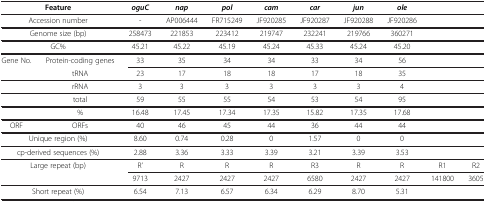
<table><thead><tr><td colspan="2"><b>Feature</b></td><td><b><i>oguC</i></b></td><td><b><i>nap</i></b></td><td><b><i>pol</i></b></td><td><b><i>cam</i></b></td><td><b><i>car</i></b></td><td><b><i>jun</i></b></td><td><b><i>ole</i></b></td><td><b> </b></td><td><b> </b></td></tr></thead><tbody><tr><td colspan="2">Accession number</td><td>-</td><td>AP006444</td><td>FR715249</td><td>JF920285</td><td>JF920287</td><td>JF920288</td><td>JF920286</td><td> </td><td> </td></tr><tr><td colspan="2">Genome size (bp)</td><td>258473</td><td>221853</td><td>223412</td><td>219747</td><td>232241</td><td>219766</td><td>360271</td><td> </td><td> </td></tr><tr><td colspan="2">GC%</td><td>45.21</td><td>45.22</td><td>45.19</td><td>45.24</td><td>45.33</td><td>45.24</td><td>45.20</td><td> </td><td> </td></tr><tr><td>Gene No.</td><td>Protein-coding genes</td><td>33</td><td>35</td><td>34</td><td>34</td><td>33</td><td>34</td><td>56</td><td> </td><td> </td></tr><tr><td> </td><td>tRNA</td><td>23</td><td>17</td><td>18</td><td>18</td><td>17</td><td>18</td><td>35</td><td> </td><td> </td></tr><tr><td> </td><td>rRNA</td><td>3</td><td>3</td><td>3</td><td>3</td><td>3</td><td>3</td><td>4</td><td> </td><td> </td></tr><tr><td> </td><td>total</td><td>59</td><td>55</td><td>55</td><td>54</td><td>53</td><td>54</td><td>95</td><td> </td><td> </td></tr><tr><td> </td><td>%</td><td>16.48</td><td>17.45</td><td>17.34</td><td>17.35</td><td>15.82</td><td>17.35</td><td>17.68</td><td> </td><td> </td></tr><tr><td>ORF</td><td>ORFs</td><td>40</td><td>46</td><td>45</td><td>44</td><td>36</td><td>44</td><td>44</td><td> </td><td> </td></tr><tr><td colspan="2">Unique region (%)</td><td>8.60</td><td>0.74</td><td>0.28</td><td>0</td><td>1.57</td><td>0</td><td>0</td><td> </td><td> </td></tr><tr><td colspan="2">cp-derived sequences (%)</td><td>2.88</td><td>3.36</td><td>3.33</td><td>3.39</td><td>3.21</td><td>3.39</td><td>3.53</td><td> </td><td> </td></tr><tr><td rowspan="2" colspan="2">Large repeat (bp)</td><td>R’</td><td>R</td><td>R</td><td>R</td><td>R3</td><td>R</td><td>R</td><td>R1</td><td>R2</td></tr><tr><td>9713</td><td>2427</td><td>2427</td><td>2427</td><td>6580</td><td>2427</td><td>2427</td><td>141800</td><td>3605</td></tr><tr><td colspan="2">Short repeat (%)</td><td>6.54</td><td>7.13</td><td>6.57</td><td>6.34</td><td>6.29</td><td>8.70</td><td>5.31</td><td> </td><td> </td></tr></tbody></table>